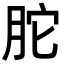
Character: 𦚐